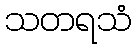
သတရသံ